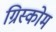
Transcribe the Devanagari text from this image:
ग्रिस्कोम